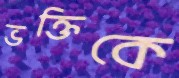
ভক্তিকে